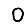
Digit: 0